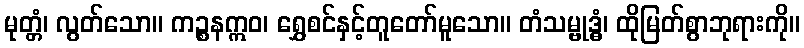
မုတ္တံ၊ လွတ်သော။ ကဉ္စနဣဝ၊ ရွှေစင်နှင့်တူတော်မူသော။ တံသမ္ဗုဒ္ဓံ၊ ထိုမြတ်စွာဘုရားကို။